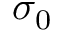
\sigma _ { 0 }